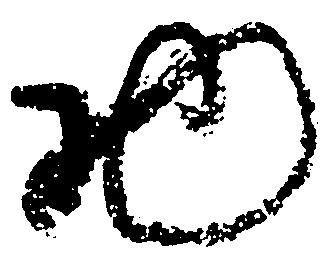
物